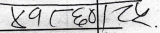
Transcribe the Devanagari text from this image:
४१७६०८५.